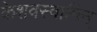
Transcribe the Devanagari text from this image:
केशवस्वामिन्